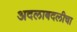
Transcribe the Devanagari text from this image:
अदलाबदलीचा